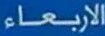
الاربعاء